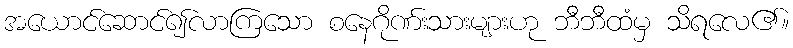
အယောင်ဆောင်၍လာကြသော စနေဂိုဏ်းသားများဟု ဘီဘီထံမှ သိရလေ၏။